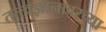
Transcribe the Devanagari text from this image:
तत्त्वज्ञानावरच्या